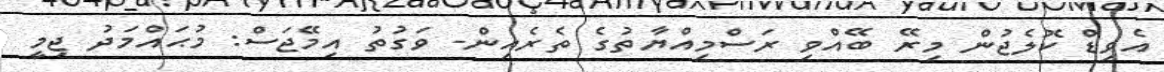
އެވިޑް ކޮލެޖުން މިރޭ ބޭއްވި ރަސްމިއްޔާތުގެ ތެރެއިން- ވަގުތު އިމޭޖަސް: މުޙައްމަދު ޖިމީ